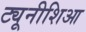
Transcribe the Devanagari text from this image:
ट्यूनीशिआ